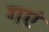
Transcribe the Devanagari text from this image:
गएं